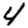
Digit: 4